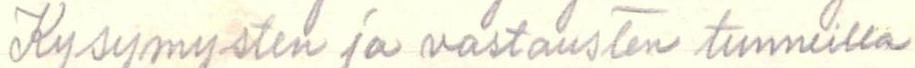
Kysymysten ja vastausten tunneilla